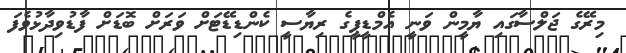
މިރޭގެ ޖަލްސާގައި ޔާމީން ވަނީ އެމްޑީޕީގެ ރިޔާސީ ކެންޑިޑޭޓަށް ވަރަށް ބޮޑަށް ފާޑުވިދާޅުވެފަ